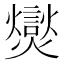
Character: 爕